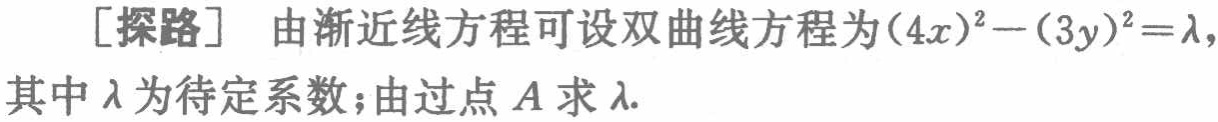
[探路] 由渐近线方程可设双曲线方程为\((4x)^{2}-(3y)^{2}=\lambda\)，其中\(\lambda\)为待定系数；由过点\(A\)求\(\lambda\).